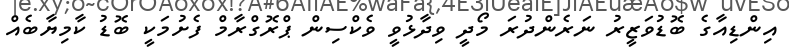
އިންޑިއާގެ ބޮޑުވަޒީރު ނަރެންދުރަ މޯދީ ވިދާޅުވީ ވެކްސިން ޕްރޮގްރާމް ފެށުމަކީ ބޮޑު ކާމިޔާބެއް